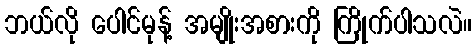
ဘယ်လို ပေါင်မုန့် အမျိုးအစားကို ကြိုက်ပါသလဲ။